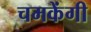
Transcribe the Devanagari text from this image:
चमकेंगी